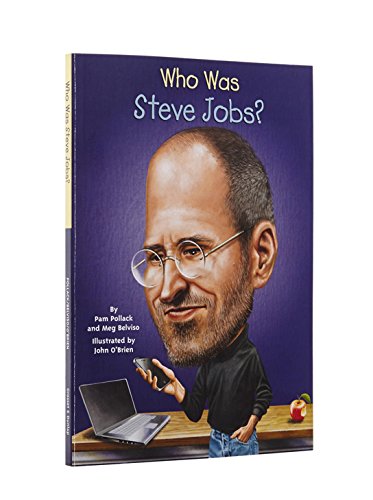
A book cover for Who Was Steve Jobs?; Pamela D. Pollack; Children's Books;